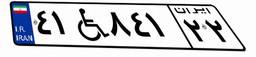
۴۱W۸۴۱۲۲